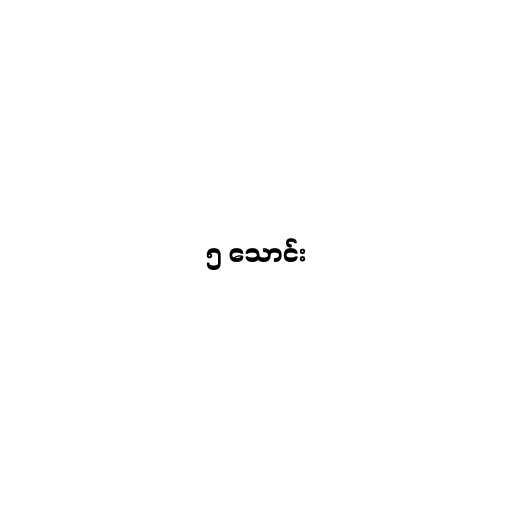
၅ သောင်း